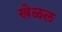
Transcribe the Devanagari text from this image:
खेळल